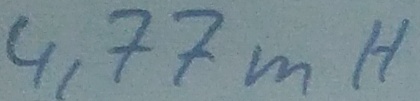
Text: 4,77mH